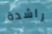
راشدة